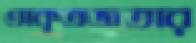
অকৃতজ্ঞতার